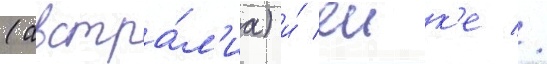
(австра́л'иа) и́ еик'е //